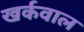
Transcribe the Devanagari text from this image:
खर्कवाल